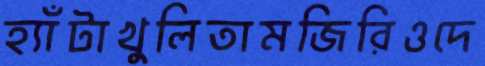
হ্যাঁটাখুলিতামজিরিওদে